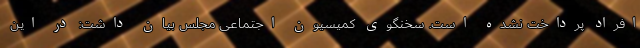
افراد پرداخت نشده است. سخنگوی کمیسیون اجتماعی مجلس بیان داشت: در این